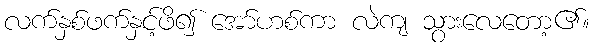
လက်နှစ်ဖက်နှင့်ဖိ၍ အော်ဟစ်ကာ လဲကျ သွားလေတော့၏။